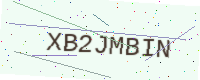
Text: XB2JMBIN